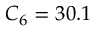
C _ { 6 } = 3 0 . 1